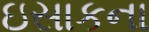
ઇસાકના